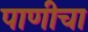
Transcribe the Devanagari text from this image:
पाणीचा